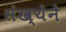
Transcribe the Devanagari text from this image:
संख्‍येने